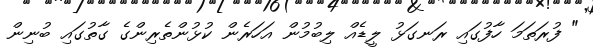
" ފުރަތަމަ ހާފުގައި ރަނގަޅު ލީޑެއް ލިބުމުން އަހަރެން ކުޅުންތެރިންގެ ގާތުގައި ބުނިން